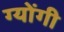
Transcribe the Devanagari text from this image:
ग्योंगी